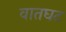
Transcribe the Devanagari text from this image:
वातघट